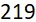
219